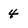
Character: 4